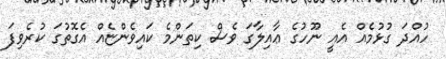
ހުއްދަ ގުޅުމެއް އެއީ ނޫހުގެ ޢާއިލާގަ ވެސް ކިތަންމެ ކައިވެންޏެއް އެގޮތުގަ ކުރެވިފަ